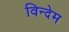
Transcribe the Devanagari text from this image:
विन्देम